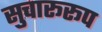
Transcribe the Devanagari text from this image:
सुचारूरूप